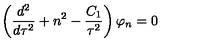
\left( { \frac { d ^ { 2 } } { d \tau ^ { 2 } } } + n ^ { 2 } - { \frac { C _ { 1 } } { \tau ^ { 2 } } } \right) \varphi _ { n } = 0